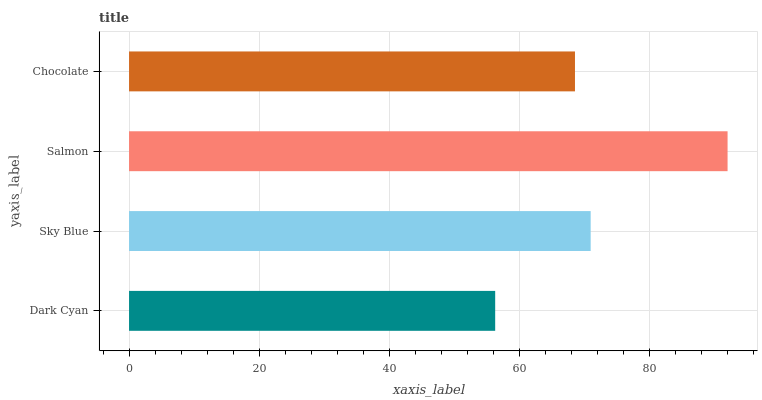
| yaxis_label | bars |
 | --- | --- |
 | Dark Cyan | 56.3 |
 | Sky Blue | 71 |
 | Salmon | 92.1 |
 | Chocolate | 68.6 |